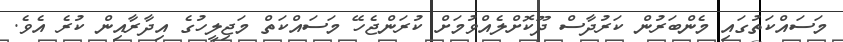
މަސައްކަތުގައި މެންބަރުން ކަރުދާސް ދޫކޮށްލެއްވުމަށް ކުރަންޖެހޭ މަސައްކަތް މަޖިލީހުގެ އިދާރާއިން ކުރެ އެވެ.